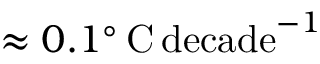
\approx 0 . 1 ^ { \circ } \, \mathrm { C } \, \mathrm { d e c a d e } ^ { - 1 }